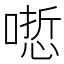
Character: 𠻯